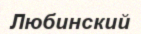
Любинский